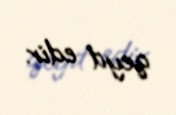
qeyd edir.